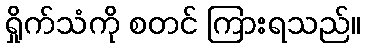
ရှိုက်သံကို စတင် ကြားရသည်။